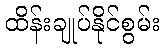
ထိန်းချုပ်နိုင်စွမ်း